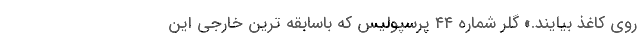
روی کاغذ بیایند.» گلر شماره ۴۴ پرسپولیس که باسابقه ترین خارجی این